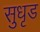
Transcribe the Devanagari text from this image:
सुधृड